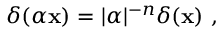
\delta ( \alpha \mathbf { x } ) = | \alpha | ^ { - n } \delta ( \mathbf { x } ) ~ ,